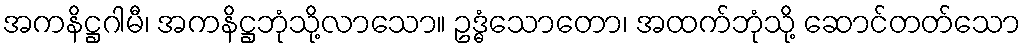
အကနိဋ္ဌဂါမီ၊ အကနိဋ္ဌဘုံသို့လာသော။ ဥဒ္ဓံသောတော၊ အထက်ဘုံသို့ ဆောင်တတ်သော